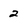
Character: 2